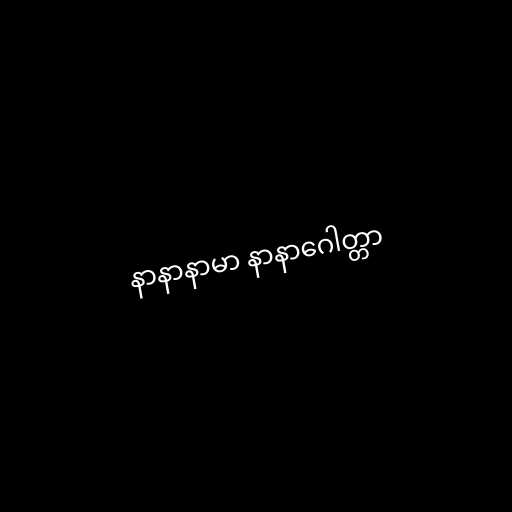
နာနာနာမာ နာနာဂေါတ္တာ